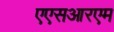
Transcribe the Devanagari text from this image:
एएसआरएम